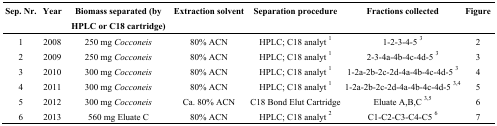
<table><thead><tr><td><b>Sep. Nr.</b></td><td><b>Year</b></td><td><b>Biomass separated (by HPLC or C18 cartridge)</b></td><td><b>Extraction solvent</b></td><td><b>Separation procedure</b></td><td><b>Fractions collected</b></td><td><b>Figure</b></td></tr></thead><tbody><tr><td>1</td><td>2008</td><td>250 mg <i>Cocconeis</i></td><td>80% ACN</td><td>HPLC; C18 analyt <sup>1</sup></td><td>1-2-3-4-5 <sup>3</sup></td><td>2</td></tr><tr><td>2</td><td>2009</td><td>250 mg <i>Cocconeis</i></td><td>80% ACN</td><td>HPLC; C18 analyt <sup>1</sup></td><td>2-3-4a-4b-4c-4d-5 <sup>3</sup></td><td>3</td></tr><tr><td>3</td><td>2010</td><td>300 mg <i>Cocconeis</i></td><td>80% ACN</td><td>HPLC; C18 analyt <sup>1</sup></td><td>1-2a-2b-2c-2d-4a-4b-4c-4d-5 <sup>3</sup></td><td>4</td></tr><tr><td>4</td><td>2011</td><td>300 mg <i>Cocconeis</i></td><td>80% ACN</td><td>HPLC; C18 analyt <sup>1</sup></td><td>1-2a-2b-2c-2d-4a-4b-4c-4d-5 <sup>3,4</sup></td><td>5</td></tr><tr><td>5</td><td>2012</td><td>300 mg <i>Cocconeis</i></td><td>Ca. 80% ACN</td><td>C18 Bond Elut Cartridge</td><td>Eluate A,B,C <sup>3,5</sup></td><td>6</td></tr><tr><td>6</td><td>2013</td><td>560 mg Eluate C</td><td>80% ACN</td><td>HPLC; C18 analyt <sup>2</sup></td><td>C1-C2-C3-C4-C5 <sup>6</sup></td><td>7</td></tr></tbody></table>